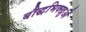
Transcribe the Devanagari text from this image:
बौद्धभिक्खुओं